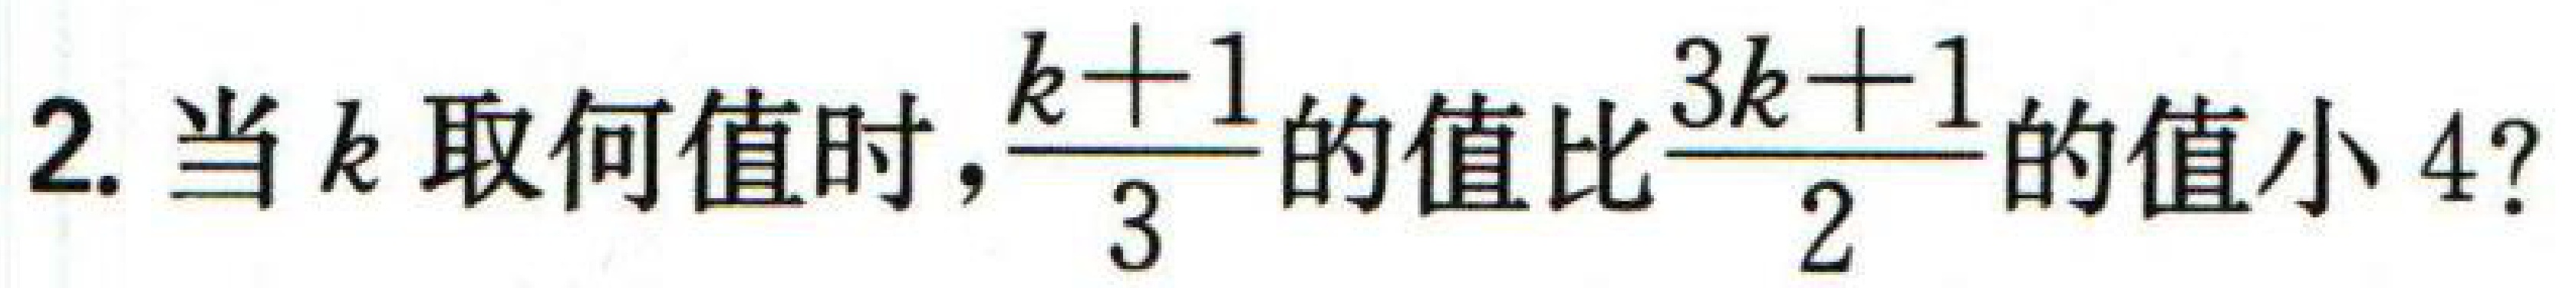
2. 当\(k\)取何值时，\(\frac{k + 1}{3}\)的值比\(\frac{3k + 1}{2}\)的值小\(4\)？